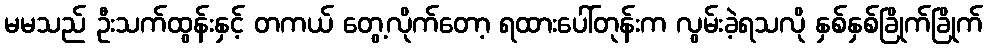
မမသည် ဦးသက်ထွန်းနှင့် တကယ် တွေ့လိုက်တော့ ရထားပေါ်တုန်းက လွမ်းခဲ့ရသလို နှစ်နှစ်ခြိုက်ခြိုက်